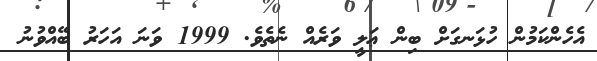
އެހެންކަމުން ހުޅަނގަށް ބިން ޢަލީ ވަރެއް ނެތެވެ. 1999 ވަނަ އަހަރު ބޭއްވުނު